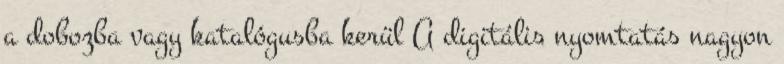
a dobozba vagy katalógusba kerül A digitális nyomtatás nagyon